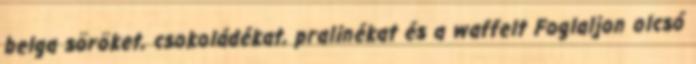
belga söröket, csokoládékat, pralinékat és a waffelt Foglaljon olcsó